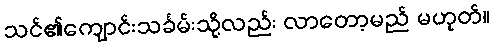
သင်၏ကျောင်းသင်္ခမ်းသို့လည်း လာတော့မည် မဟုတ်။